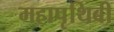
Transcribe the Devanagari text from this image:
महापृथिबी